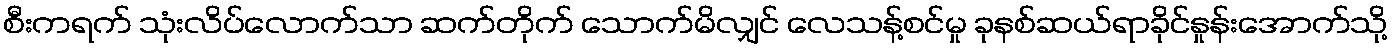
စီးကရက် သုံးလိပ်လောက်သာ ဆက်တိုက် သောက်မိလျှင် လေသန့်စင်မှု ခုနစ်ဆယ်ရာခိုင်နှုန်းအောက်သို့